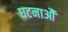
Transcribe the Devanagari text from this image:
घटनाऔं